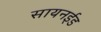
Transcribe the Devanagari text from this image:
सायनईड